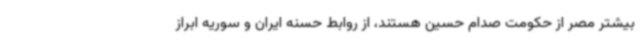
بیشتر مصر از حکومت صدام حسین هستند، از روابط حسنه ایران و سوریه ابراز